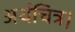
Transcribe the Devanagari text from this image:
अर्थचित्र।